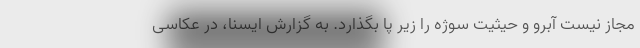
مجاز نیست آبرو و حیثیت سوژه را زیر پا بگذارد. به گزارش ایسنا، در عکاسی